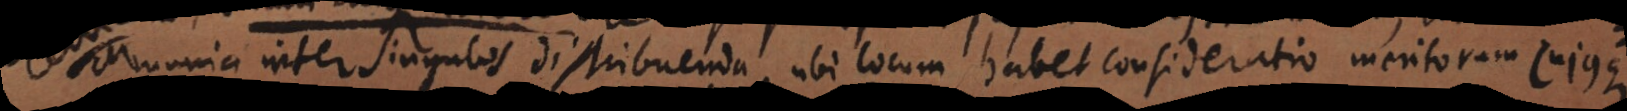
communia inter singulos distribuenda, ubi locum habet consideratio meritorum cujusque